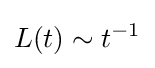
L(t)\sim t^{-1}